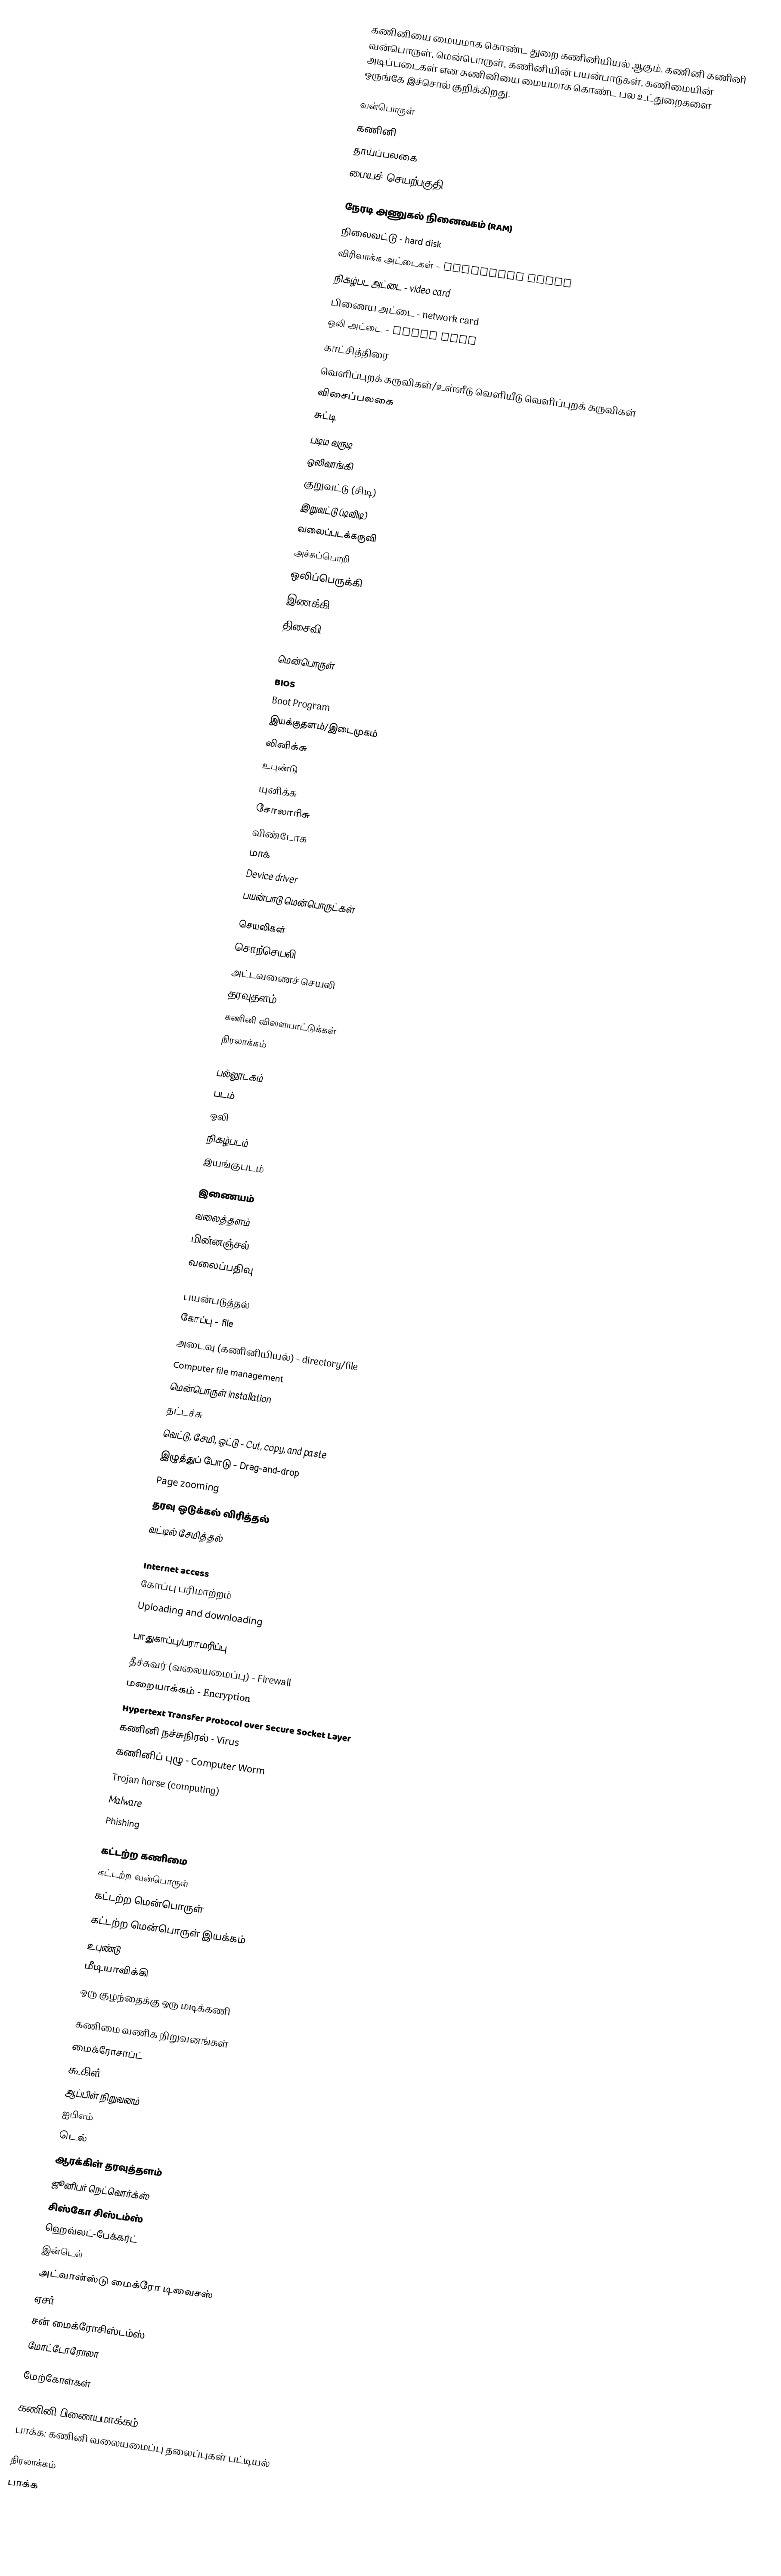
கணினியை மையமாக கொண்ட துறை கணினியியல் ஆகும். கணினி கணினி வன்பொருள், மென்பொருள், கணினியின் பயன்பாடுகள், கணிமையின் அடிப்படைகள் என கணினியை மையமாக கொண்ட பல உட்துறைகளை ஒருங்கே இச்சொல் குறிக்கிறது.

வன்பொருள்
 கணினி
 தாய்ப்பலகை
 மையச் செயற்பகுதி

 நேரடி அணுகல் நினைவகம் (RAM)
 நிலைவட்டு - hard disk
 விரிவாக்க அட்டைகள் - expansion cards
 நிகழ்பட அட்டை - video card
 பிணைய அட்டை - network card
 ஒலி அட்டை - sound card
 காட்சித்திரை
 வெளிப்புறக் கருவிகள்/உள்ளீடு வெளியீடு வெளிப்புறக் கருவிகள்
 விசைப்பலகை
 சுட்டி
 படிம வருடி
 ஒலிவாங்கி
 குறுவட்டு (சிடி)
 இறுவட்டு (டிவிடி)
 வலைப்படக்கருவி
 அச்சுப்பொறி
 ஒலிப்பெருக்கி
 இணக்கி - Modem
 திசைவி

மென்பொருள்
 BIOS
 Boot Program
 இயக்குதளம்/இடைமுகம்
 லினிக்சு
 உபுண்டு
 யுனிக்சு
 சோலாரிசு
 விண்டோசு
 மாக்
 Device driver
 பயன்பாடு மென்பொருட்கள்

செயலிகள்
 சொற்செயலி
 அட்டவணைச் செயலி
 தரவுதளம்
 கணினி விளையாட்டுக்கள்
 நிரலாக்கம்

பல்லூடகம்
 படம்
 ஒலி
 நிகழ்படம்
 இயங்குபடம்

இணையம்
 வலைத்தளம்
 மின்னஞ்சல்
 வலைப்பதிவு

பயன்படுத்தல்
 கோப்பு - file
 அடைவு (கணினியியல்) - directory/file
 Computer file management
 மென்பொருள் installation
 தட்டச்சு
 வெட்டு, சேமி, ஒட்டு - Cut, copy, and paste
 இழுத்துப் போடு - Drag-and-drop
 Page zooming
 தரவு ஒடுக்கல் விரித்தல்
 வட்டில் சேமித்தல்
 dvd burning
 Internet access
 கோப்பு பரிமாற்றம்
 Uploading and downloading

பாதுகாப்பு/பராமரிப்பு
 தீச்சுவர் (வலையமைப்பு) - Firewall
 மறையாக்கம் - Encryption
 Hypertext Transfer Protocol over Secure Socket Layer
 கணினி நச்சுநிரல் - Virus
 கணினிப் புழு - Computer Worm
 Trojan horse (computing)
 Malware
 Phishing

கட்டற்ற கணிமை
 கட்டற்ற வன்பொருள்
 கட்டற்ற மென்பொருள்
 கட்டற்ற மென்பொருள் இயக்கம்
 உபுண்டு
 மீடியாவிக்கி
 ஒரு குழந்தைக்கு ஒரு மடிக்கணி

கணிமை வணிக நிறுவனங்கள்
 மைக்ரோசாப்ட்
 கூகிள்
 ஆப்பிள் நிறுவனம்
 ஐபிஎம்
 டெல்
 ஆரக்கிள் தரவுத்தளம்
 ஜூனிபர் நெட்வொர்க்ஸ்
 சிஸ்கோ சிஸ்டம்ஸ்
 ஹெவ்லட்-பேக்கர்ட்
 இன்டெல்
 அட்வான்ஸ்டு மைக்ரோ டிவைசஸ்
 ஏசர்
 சன் மைக்ரோசிஸ்டம்ஸ்
 மோட்டோரோலா

மேற்கோள்கள்

கணினி பிணையமாக்கம்
பாக்க: கணினி வலையமைப்பு தலைப்புகள் பட்டியல்

நிரலாக்கம்
பாக்க